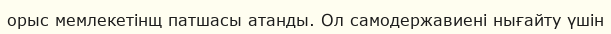
орыс мемлекетінщ патшасы атанды. Ол самодержавиені нығайту үшін